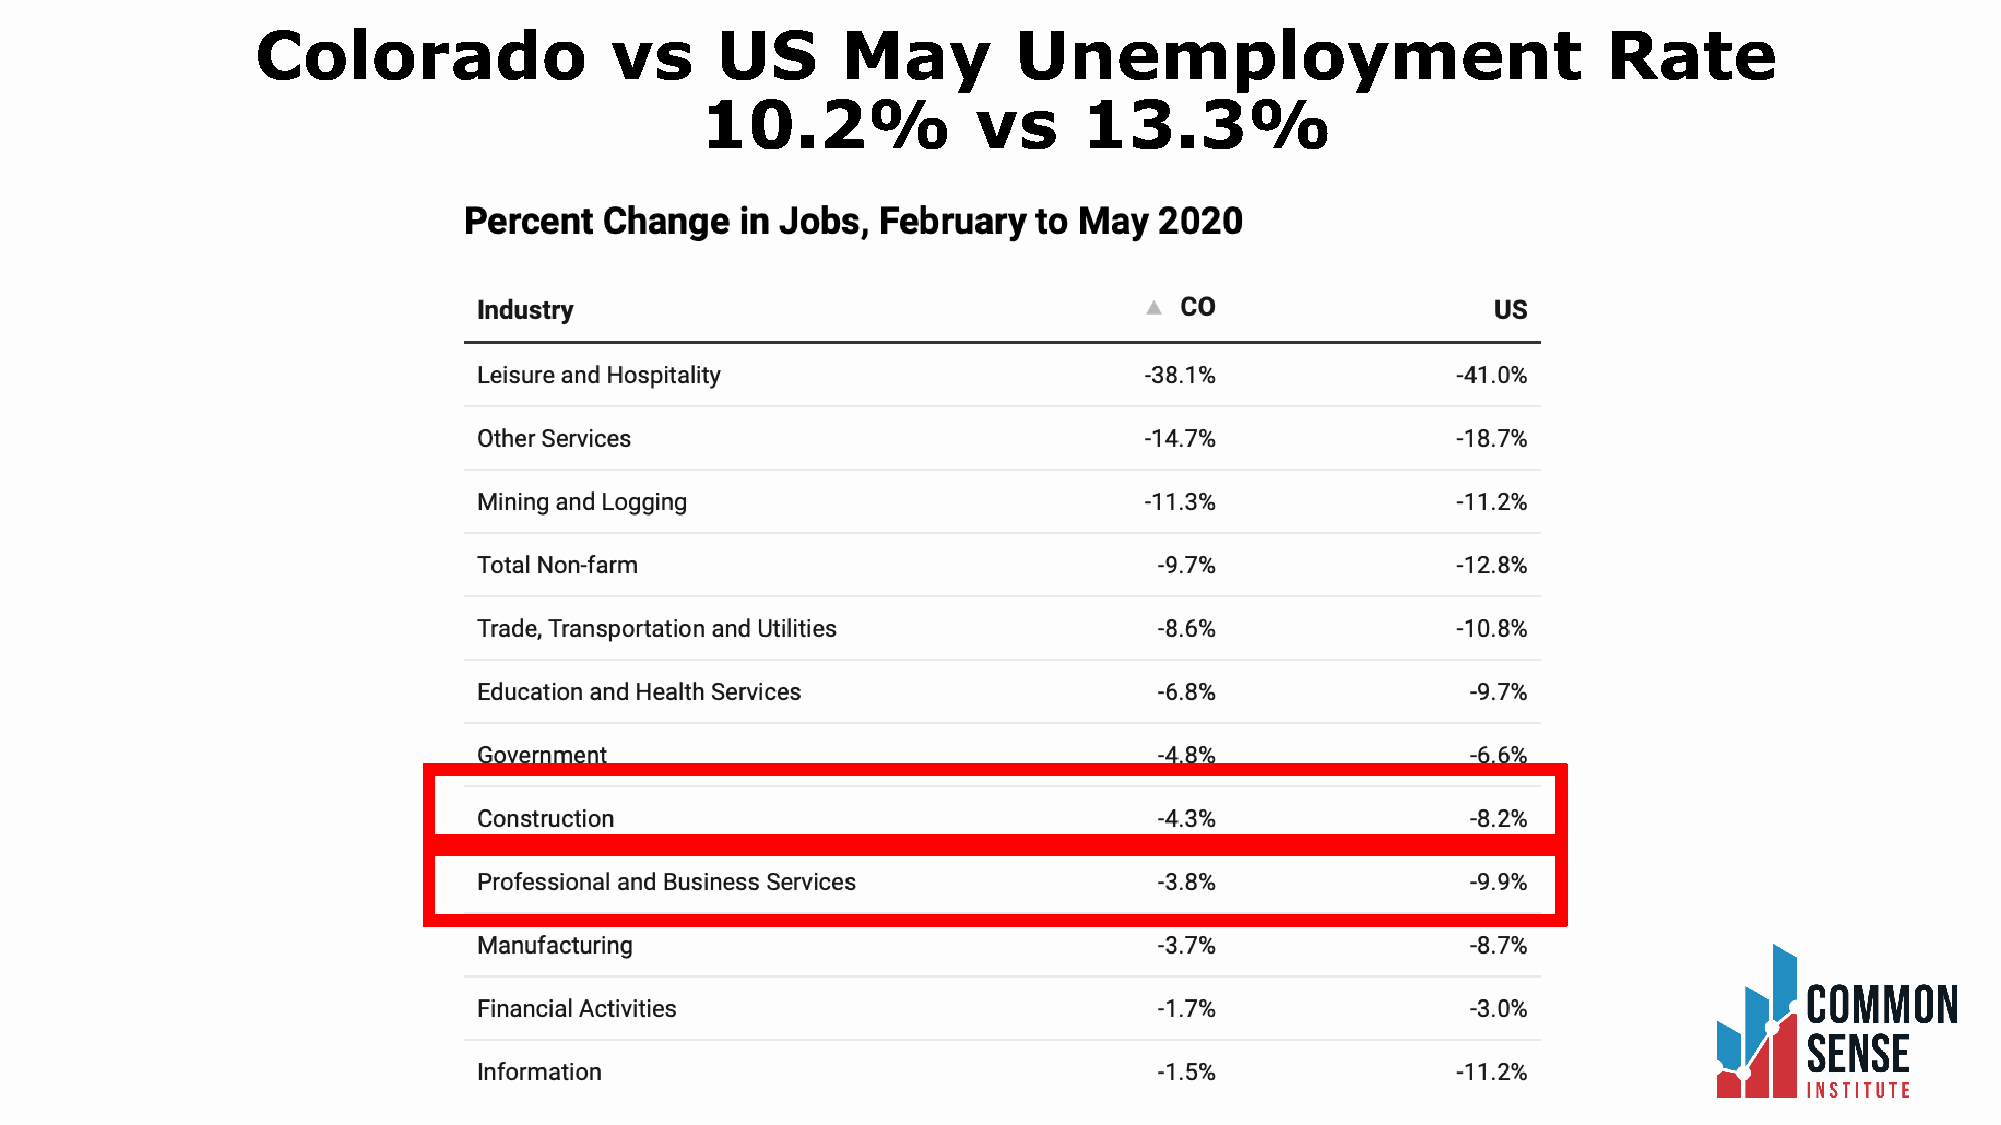
Colorado               vs     US       May        Unemployment                           Rate
 10.2%              vs     13.3%